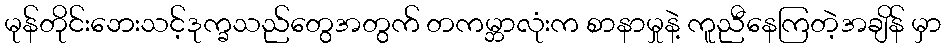
မုန်တိုင်းဘေးသင့်ဒုက္ခသည်တွေအတွက် တကမ္ဘာလုံးက စာနာမှုနဲ့ ကူညီနေကြတဲ့အချိန် မှာ